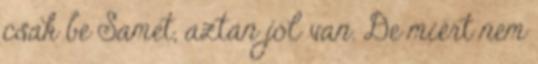
csak be Samet, aztán jól van. De miért nem